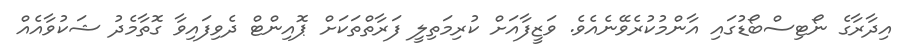
އިދާރާގެ ނޯޓިސްބޯޑުގައި އާންމުކުރެވޭނެއެވެ. ވަޒީފާއަށް ކުރިމަތިލީ ފަރާތްތަކަށް ޕޮއިންޓް ދެވިފައިވާ ގޮތާމެދު ޝަކުވާއެއް